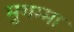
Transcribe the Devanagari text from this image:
मुगम्मा